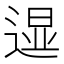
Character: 𲅧